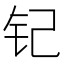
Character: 𮷵